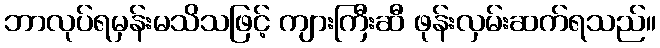
ဘာလုပ်ရမှန်းမသိသဖြင့် ကျားကြီးဆီ ဖုန်းလှမ်းဆက်ရသည်။